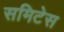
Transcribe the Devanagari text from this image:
समिटेस